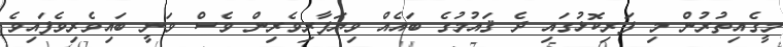
މީގެއިތުރުން މި ފަރިކޮޅުގައި ދެ ޤައުމުގެ ބައެއް ވިޔަފާރިވެރިން ވެސް ވަނީ ބައިވެރިވެފައިވެ